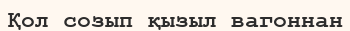
Қол созып қызыл вагоннан